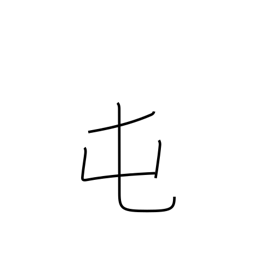
Meaning: barracks